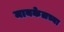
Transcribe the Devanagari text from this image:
मायकेलच्या